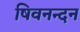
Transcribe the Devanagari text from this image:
षिवनन्दन